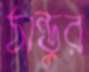
ঠান্ডুর